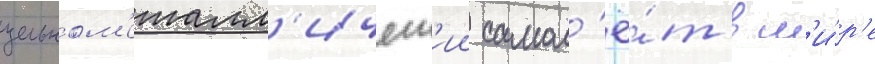
цельном'еталл'ическ'ии самол'ё́т в м'и́р'е